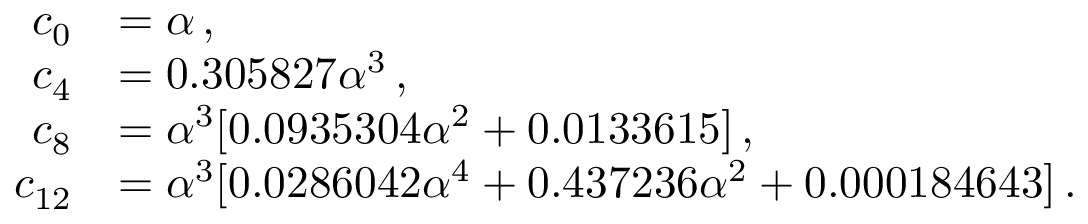
\begin{array} { r l } { c _ { 0 } } & { = \alpha \, , } \\ { c _ { 4 } } & { = 0 . 3 0 5 8 2 7 \alpha ^ { 3 } \, , } \\ { c _ { 8 } } & { = \alpha ^ { 3 } [ 0 . 0 9 3 5 3 0 4 \alpha ^ { 2 } + 0 . 0 1 3 3 6 1 5 ] \, , } \\ { c _ { 1 2 } } & { = \alpha ^ { 3 } [ 0 . 0 2 8 6 0 4 2 \alpha ^ { 4 } + 0 . 4 3 7 2 3 6 \alpha ^ { 2 } + 0 . 0 0 0 1 8 4 6 4 3 ] \, . } \end{array}